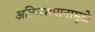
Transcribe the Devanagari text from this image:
अतिमद्यपानामुळे